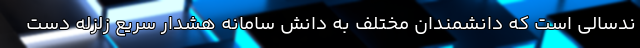
ندسالی است که دانشمندان مختلف به دانش سامانه هشدار سریع زلزله دست